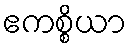
ဧကစ္စိယာ